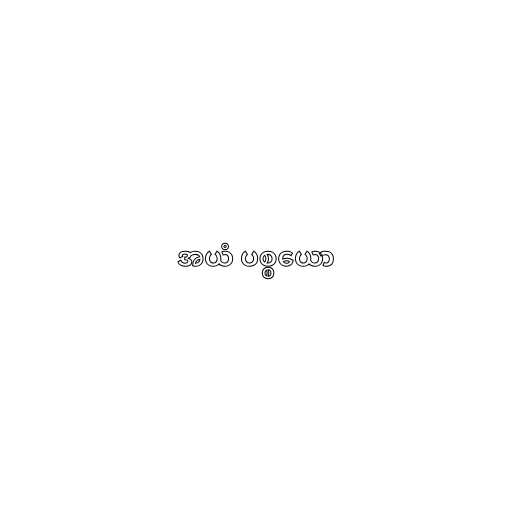
အယံ ပစ္စယော